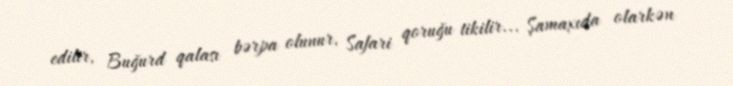
edilir, Buğurd qalası bərpa olunur, Safari qoruğu tikilir... Şamaxıda olarkən